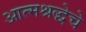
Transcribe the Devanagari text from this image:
आत्मश्रद्धेचे